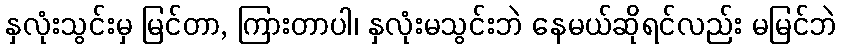
နှလုံးသွင်းမှ မြင်တာ, ကြားတာပါ၊ နှလုံးမသွင်းဘဲ နေမယ်ဆိုရင်လည်း မမြင်ဘဲ